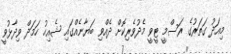
މިއަދު ގަތަރުގެ ރަސްމީ ޓީވީ މެދުވެރިކޮށް ދެއްވި ބަޔާނެއްގައި ޝެއިހު ހަމަދް ވިދާޅުވީ